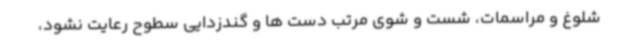
شلوغ و مراسمات، شست و شوی مرتب دست ها و گندزدایی سطوح رعایت نشود،